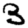
Digit: 3